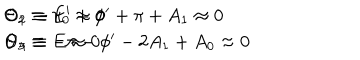
\begin{array} { l } { { \Theta _ { 1 } \equiv \pi _ { 0 } \approx 0 \hspace { 1 . 5 c m } \Theta _ { 2 } \equiv E ^ { \prime } + \phi ^ { \prime } + \pi + A _ { 1 } \approx 0 } } \\ { { \Theta _ { 3 } \equiv E \approx 0 \hspace { 1 . 5 c m } \Theta _ { 4 } \equiv - \pi - \phi ^ { \prime } - 2 A _ { 1 } + A _ { 0 } \approx 0 } } \\ \end{array}